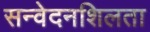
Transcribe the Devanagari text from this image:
सन्वेदनशिलता